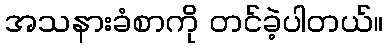
အသနားခံစာကို တင်ခဲ့ပါတယ်။